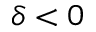
\delta < 0